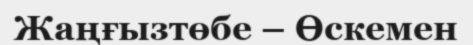
Жаңғызтөбе – Өскемен